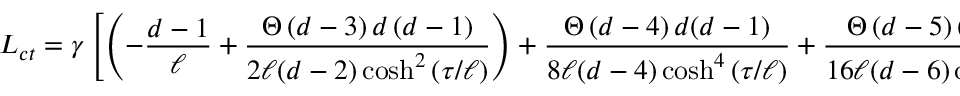
{ \cal L } _ { c t } = \gamma \left[ \left( - \frac { d - 1 } { \ell } + \frac { \Theta \left( d - 3 \right) d \left( d - 1 \right) } { 2 \ell ( d - 2 ) \cosh ^ { 2 } \left( \tau / \ell \right) } \right) + \frac { \Theta \left( d - 4 \right) d ( d - 1 ) } { 8 \ell ( d - 4 ) \cosh ^ { 4 } \left( \tau / \ell \right) } + \frac { \Theta \left( d - 5 \right) \left( d - 1 \right) d } { 1 6 \ell ( d - 6 ) \cosh ^ { 6 } \left( \tau / \ell \right) } \right]